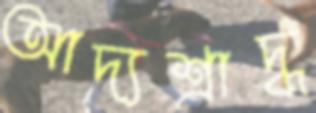
আদ্যশ্রাদ্ধ